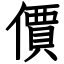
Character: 價